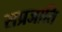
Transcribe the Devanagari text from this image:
सप्रजाति